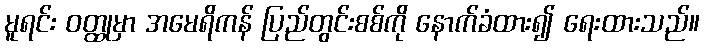
မူရင်း ဝတ္ထုမှာ အမေရိကန် ပြည်တွင်းစစ်ကို နောက်ခံထား၍ ရေးထားသည်။